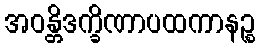
အဝန္တိဒက္ခိဏာပထကာနဉ္စ